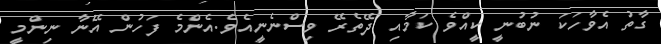
ގާތު އެވާހަކަ ނުބުނީ ކީއްވެ ކަމާއި ދޭތެރޭ ވިސްނެނީއެވެ.އެންމެ ފަހުން އޭނާ ނިންމީ